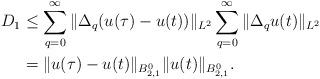
LaTeX: \begin{align*}D_1 & \le \sum_{q = 0}^\infty \| \Delta_q ( u(\tau) - u(t)) \|_{L^2} \sum_{q = 0}^\infty \| \Delta_q u(t)\|_{L^2}\\& = \| u(\tau) - u(t) \|_{B^{0}_{2,1} } \| u(t)\|_{B^{0}_{2,1} }.\end{align*}